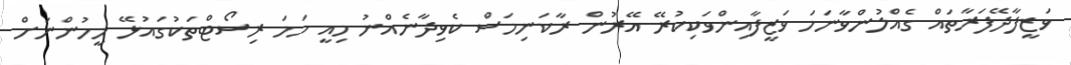
ވަޒީފާދޭފަރާތައް ގެއްލުންވާނަމަ ވަޒީފާއިންވަކިކުރޭ އޭރުން ރާކަނިމަސް ކެވިދާނެއްނު މިއީ ހަމަ ރިސޯޓްތަކުގައުޅޭ މީހުންނަށް